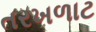
તરખળાટ